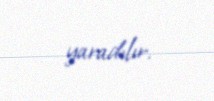
yaradılır.